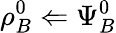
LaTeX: \rho_{B}^{0}\Leftarrow\Psi_{B}^{0}